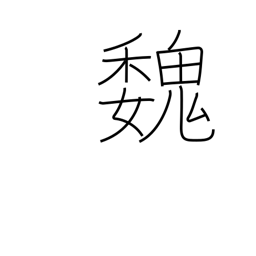
Meaning: Kingdom of Wei